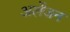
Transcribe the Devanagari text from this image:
अर्लेंजन